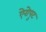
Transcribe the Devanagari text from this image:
ऐरोपुट